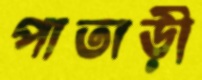
পাতাড়ী